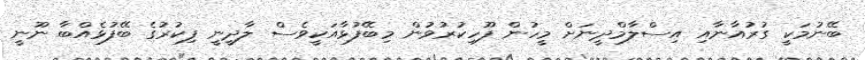
ބޭނުމަކީ ގުރުއާނާއި އިސްލާމްދީނަށް މީހުން ފޫހިކުރުވުން މިބޭފުޅާއަކީވެސް ލާދީނީ ފިކުރުގެ ބޭފުޅެއްބާ ނޫނީ